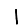
Digit: 1